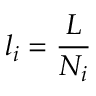
l _ { i } = \frac { L } { N _ { i } }